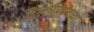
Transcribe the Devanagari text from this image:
दिल्लीपर्यंतच्या